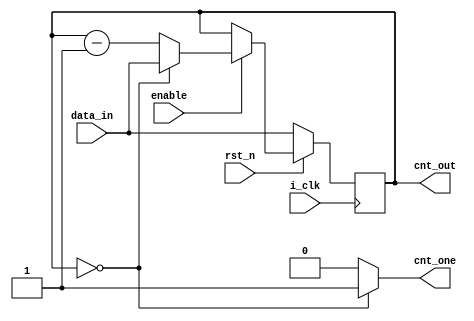
module Timer_v 
#(parameter DATA_WIDTH = 4)
(i_clk , rst_n , data_in , cnt_out , enable , cnt_one) ;
input i_clk ;
input rst_n ;
input[DATA_WIDTH-1:0] data_in ;
input enable ;
output[DATA_WIDTH-1:0] cnt_out ;
output cnt_one ;
 
 
 
wire [DATA_WIDTH-1:0] count_next ;
reg [DATA_WIDTH-1:0] counter_out ;


always @ (posedge i_clk)
 begin
     if (rst_n==1'b0)
	     begin
	 	     counter_out <= data_in ;
          end
	else 
	  begin
	        if (enable==1'b1)
		     counter_out <= count_next ;
		  end
		end
	
assign count_next = (counter_out==1'b0) ? data_in : counter_out-1'b1 ;

assign cnt_one = (counter_out == 1'b0) ? 1'b1 : 1'b0 ;

assign cnt_out = counter_out ;

endmodule